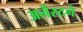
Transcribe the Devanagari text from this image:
अर्नेस्टने